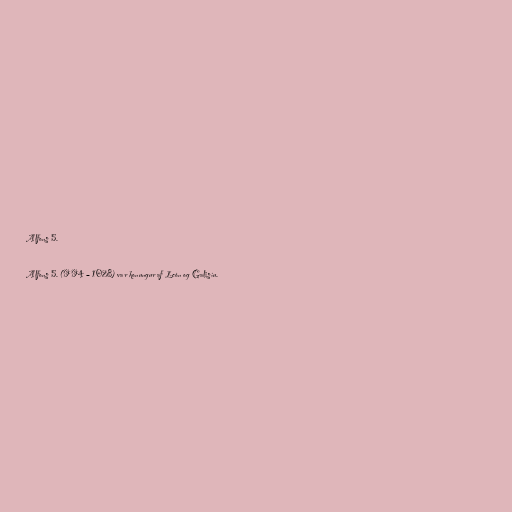
Alfons 5.

Alfons 5. (994 – 1028) var konungur af León og Galisíu.